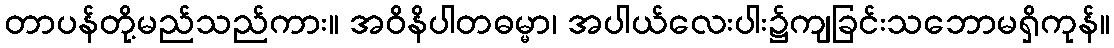
တာပန်တို့မည်သည်ကား။ အဝိနိပါတဓမ္မာ၊ အပါယ်လေးပါး၌ကျခြင်းသဘောမရှိကုန်။